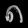
Digit: ၈